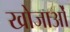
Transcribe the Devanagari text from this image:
खोजाओं